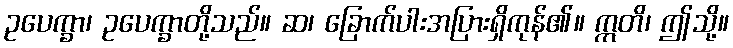
ဥပေက္ခာ၊ ဥပေက္ခာတို့သည်။ ဆ၊ ခြောက်ပါးအပြားရှိကုန်၏။ ဣတိ၊ ဤသို့။